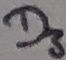
Text: D3